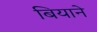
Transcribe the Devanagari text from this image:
बियाने